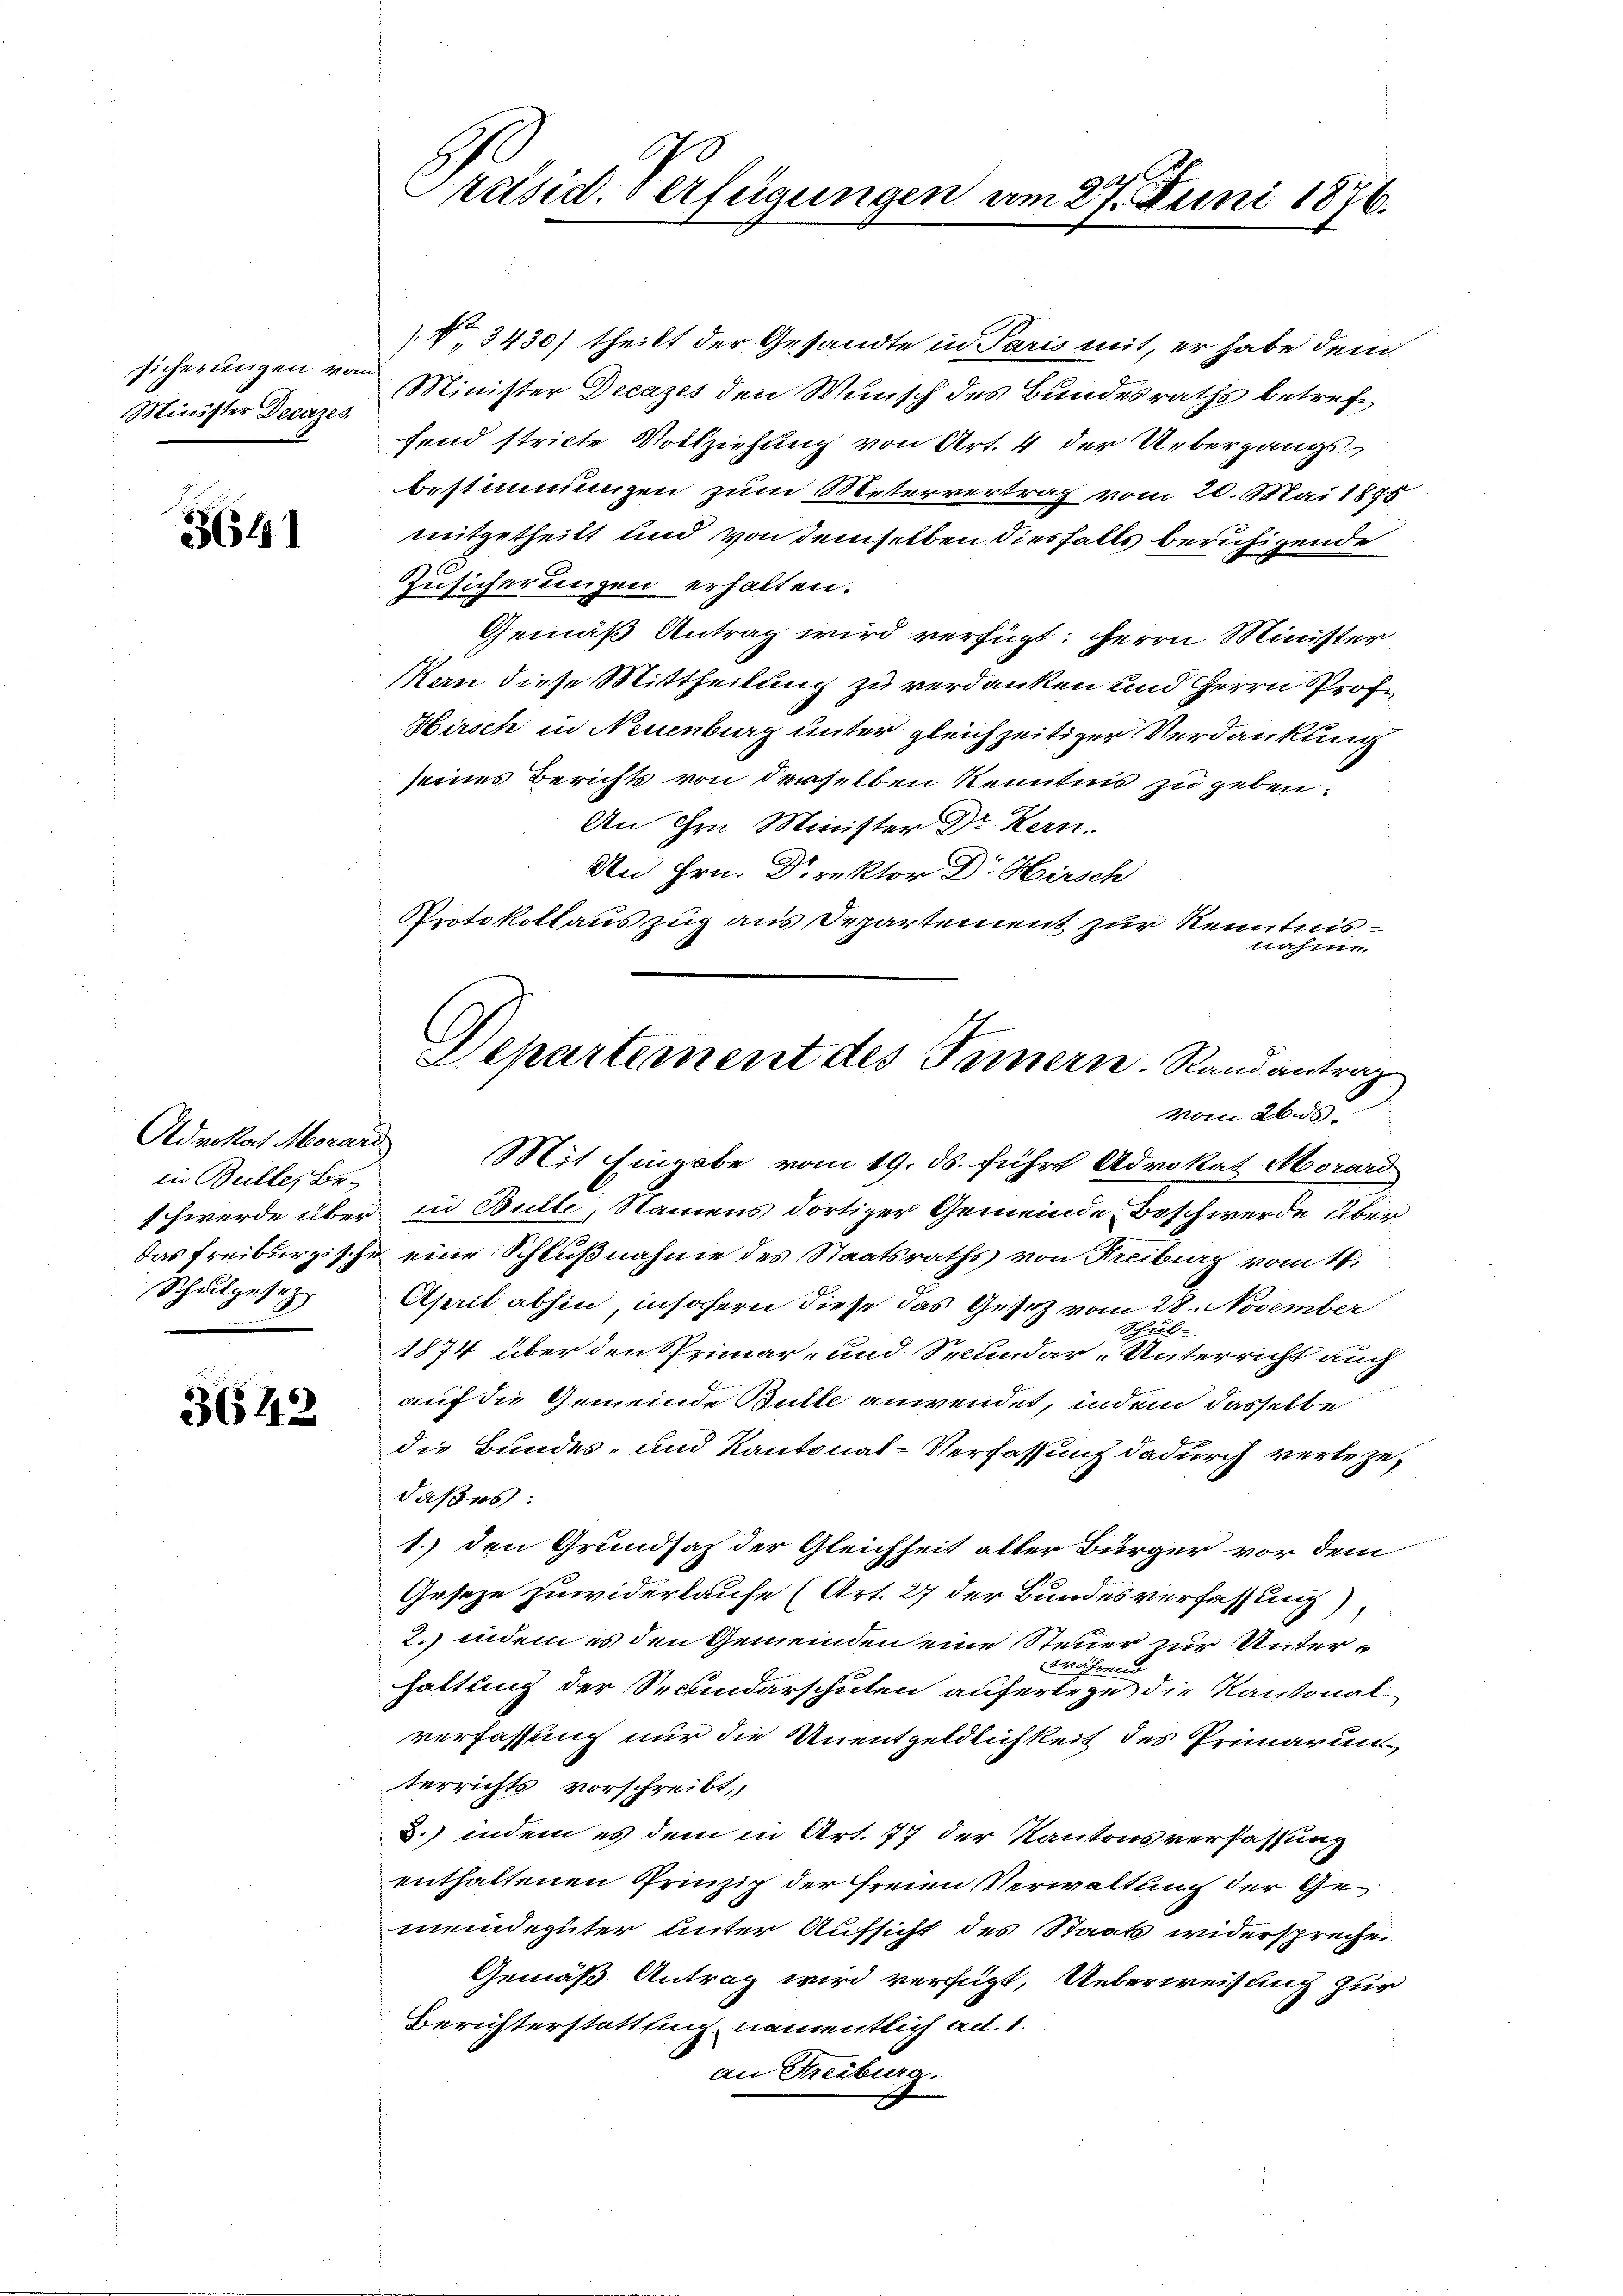
sicherungen vom
Minister Decazes.

3641

in Bulle, Be-
Schulgesetz

3642

Präsid. Verfügungen am 27. Juni 1876.

Minister Decazes den Wunsch des Bundesraths betreffend stricte Vollziehung von Art. 4 der Uebergangs
bestimmungen zum Metervertrag vom 20. Mai 1875
mitgetheilt und von demselben diesfalls beruhigende
Zusicherungen erhalten.
Gemäß Antrag wird verfügt: Herrn Minister.
Man diese Mittheilung zu verdanken und Herrn Prof.
Hirsch in Neuenburg unter gleichzeitiger Verdankung
seines Berichts von derselben Kenntnis zu geben:
An ihre Minister Dr Kern.
An Hrn. Drrektor Dr. Hirsch
Protokollauszug aus Departement zur Kenntnis
nahme.
vom 26. ds
Advokat Morar Mit Eingabe vom 19. ds. führt Advokat Morard
schwerde über in Bulle, Namens dortiger Gemeinde Beschwerde über
das Freiburgische eine Schlußnahme des Staatsraths von Freiburg vom 11.
Aserit abhin, insofern diese das Gesetz vom 28. November
Schul
1874 über den Primar- und Secundar-Unterricht auch
auf die Gemeinde Butte anwendet, indem dasselbe
die Bundes- und Kantonal-Verfassung dadurch verleze,
daß es:
1.) den Grundsaz der Gleichheit aller Bürger vor dem
Gesetze zuwiderlaufe (Art. 27 der Bundesverfassung
2. indem es den Gemeinden eine Steuer zur Unterwährend
Gattung der Secundarschulen auferlege die Kantonalverfassung nur die Unentgeldlichkeit des Prinarunterrichts vorschreibt,
8.) indem es dem in Art. 77 der Kantonsverfassung
enthaltenen Prinzip der freien Verwaltung der Gemeindegüter unter Aufsicht des Staats widerspreche.
Gemäß Antrag wird verfügt, Ueberweisung zur
Berichterstattung, namentlich ad. 1.
an Freiburg.

N 3430) theilt der Gesandte in Paris mit, er habe dem

Departement des Fernern. Randantrag